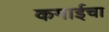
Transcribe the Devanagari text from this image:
कमाईचा